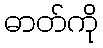
ဓာတ်ကို